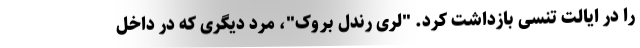
را در ایالت تنسی بازداشت کرد. "لری رندل بروک"، مرد دیگری که در داخل